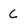
Character: c